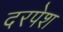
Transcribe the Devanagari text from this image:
दरपेश